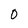
Character: 0